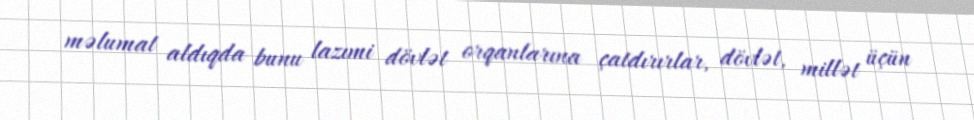
məlumat aldıqda bunu lazımi dövlət orqanlarına çatdırırlar, dövlət, millət üçün